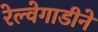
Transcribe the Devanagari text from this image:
रेल्वेगाडीने